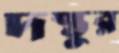
দস্তুর